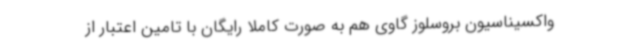
واکسیناسیون بروسلوز گاوی هم به صورت کاملا رایگان با تامین اعتبار از